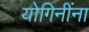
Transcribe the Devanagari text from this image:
योगिनींना